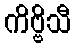
ကိဗ္ဗိသီ